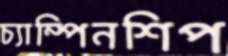
চ্যাম্পিনশিপ